Civil Veterinary Department Bihar reports 1936-40 - 1936-1940
Year: 1936
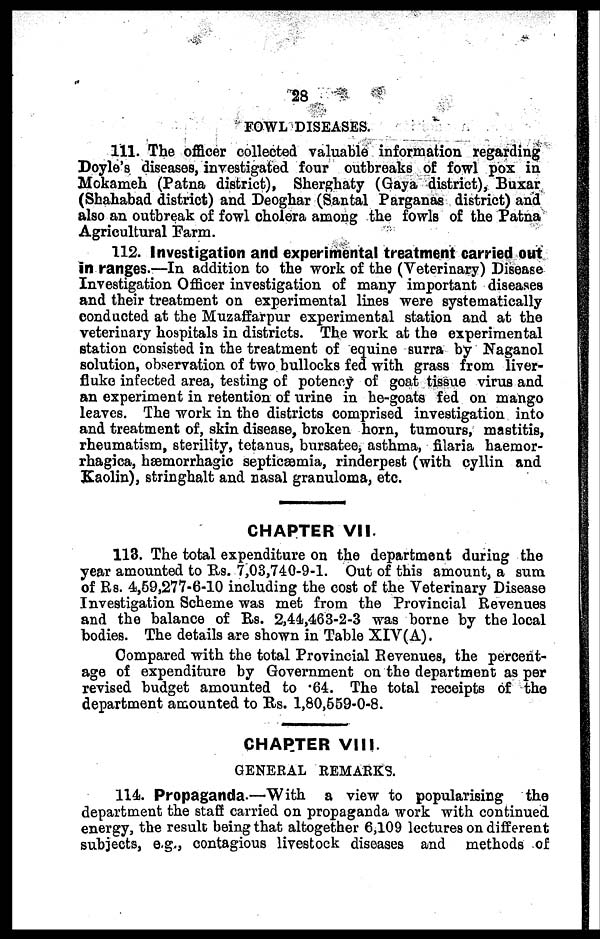
28
FOWL DISEASES.
111. The officer collected valuable information regarding
Doyle's diseases, investigated four outbreaks of fowl pox in
Mokameh (Patna district), Sherghaty (Gaya district), Buxar
(Shahabad district) and Deoghar (Santal Parganas district) and
also an outbreak of fowl cholera among the fowls of the Patna
Agricultural Farm.
112. Investigation and experimental treatment carried out
in ranges.—In addition to the work of the (Veterinary) Disease
Investigation Officer investigation of many important diseases
and their treatment on experimental lines were systematically
conducted at the Muzaffarpur experimental station and at the
veterinary hospitals in districts. The work at the experimental
station consisted in the treatment of equine surra by Naganol
solution, observation of two bullocks fed with grass from liver-
fluke infected area, testing of potency of goat tissue virus and
an experiment in retention of urine in he-goats fed on mango
leaves. The work in the districts comprised investigation into
and treatment of, skin disease, broken horn, tumours, mastitis,
rheumatism, sterility, tetanus, bursatee, asthma, filaria haemor-
rhagica, hæmorrhagic septicæmia, rinderpest (with cyllin and
Kaolin), stringhalt and nasal granuloma, etc.
CHAPTER VII.
113. The total expenditure on the department during the
year amounted to Rs. 7,03,740-9-1. Out of this amount, a sum
of Rs. 4,59,277-6-10 including the cost of the Veterinary Disease
Investigation Scheme was met from the Provincial Revenues
and the balance of Rs. 2,44,463-2-3 was borne by the local
bodies. The details are shown in Table XIV(A).
Compared with the total Provincial Revenues, the percent-
age of expenditure by Government on the department as per
revised budget amounted to .64. The total receipts of the
department amounted to Rs. 1,80,559-0-8.
CHARTER VIII.
GENERAL REMARKS.
114. Propaganda.—With a view to popularising
the
department the staff carried on propaganda work with continued
energy, the result being that altogether 6,109 lectures on different
subjects, e.g., contagious livestock diseases and methods of